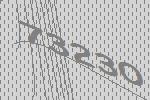
73230